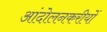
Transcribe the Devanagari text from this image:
आंदोलनकरीयों